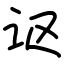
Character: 讴